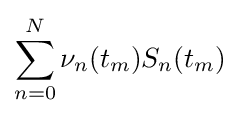
\sum _{n=0}^{N}\nu _{n}(t_{m})S_{n}(t_{m})